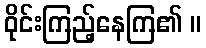
ဝိုင်းကြည့်နေကြ၏ ။